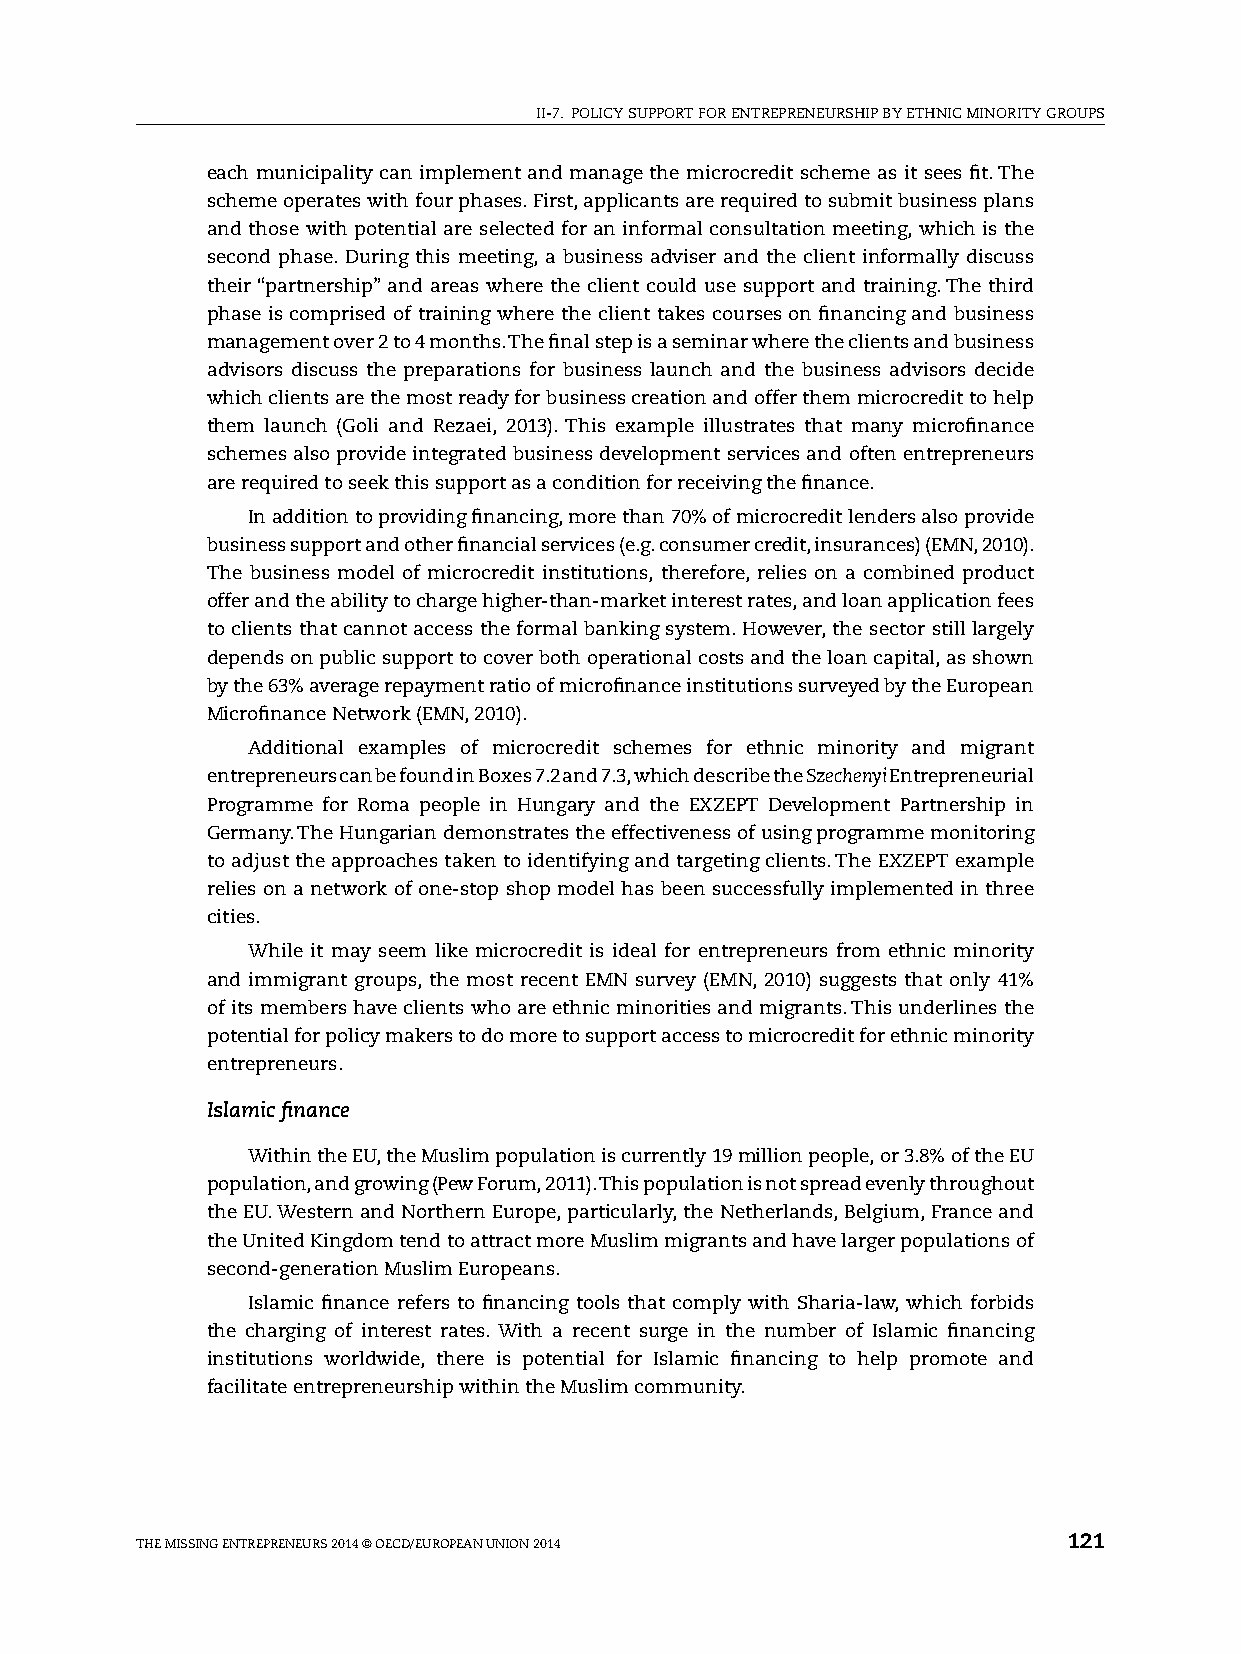
II-7. pOlICy sUppORT FOR ENTREpRENEURshIp By EThNIC MINORITy GROUps
 each municipality can implement and manage the microcredit scheme as it sees fit. The
 scheme operates with four phases. First, applicants are required to submit business plans
 and those with potential are selected for an informal consultation meeting, which is the
 second phase. During this meeting, a business adviser and the client informally discuss
 their “partnership” and areas where the client could use support and training. The third
 phase is comprised of training where the client takes courses on financing and business
 management over 2 to 4 months. The final step is a seminar where the clients and business
 advisors discuss the preparations for business launch and the business advisors decide
 which clients are the most ready for business creation and offer them microcredit to help
 them launch (Goli and Rezaei, 2013). This example illustrates that many microfinance
 schemes also provide integrated business development services and often entrepreneurs
 are required to seek this support as a condition for receiving the finance.
 In addition to providing financing, more than 70% of microcredit lenders also provide
 business support and other financial services (e.g. consumer credit, insurances) (EMN, 2010).
 The business model of microcredit institutions, therefore, relies on a combined product
 offer and the ability to charge higher-than-market interest rates, and loan application fees
 to clients that cannot access the formal banking system. however, the sector still largely
 depends on public support to cover both operational costs and the loan capital, as shown
 by the 63% average repayment ratio of microfinance institutions surveyed by the European
 Microfinance Network (EMN, 2010).
 Additional examples of microcredit schemes for ethnic minority and migrant
 entrepreneurs can be found in Boxes 7.2 and 7.3, which describe the Szechenyi Entrepreneurial
 programme for Roma people in hungary and the ExZEpT Development partnership in
 Germany. The hungarian demonstrates the effectiveness of using programme monitoring
 to adjust the approaches taken to identifying and targeting clients. The ExZEpT example
 relies on a network of one-stop shop model has been successfully implemented in three
 cities.
 While it may seem like microcredit is ideal for entrepreneurs from ethnic minority
 and immigrant groups, the most recent EMN survey (EMN, 2010) suggests that only 41%
 of its members have clients who are ethnic minorities and migrants. This underlines the
 potential for policy makers to do more to support access to microcredit for ethnic minority
 entrepreneurs.
 Islamic finance
 Within the EU, the Muslim population is currently 19 million people, or 3.8% of the EU
 population, and growing (pew Forum, 2011). This population is not spread evenly throughout
 the EU. Western and Northern Europe, particularly, the Netherlands, Belgium, France and
 the United Kingdom tend to attract more Muslim migrants and have larger populations of
 second-generation Muslim Europeans.
 Islamic finance refers to financing tools that comply with sharia-law, which forbids
 the charging of interest rates. With a recent surge in the number of Islamic financing
 institutions worldwide, there is potential for Islamic financing to help promote and
 facilitate entrepreneurship within the Muslim community.
 ThE MIssING ENTREpRENEURs 2014 © OECD/EUROpEAN UNION 2014     121